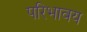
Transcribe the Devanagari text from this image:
परिभावय